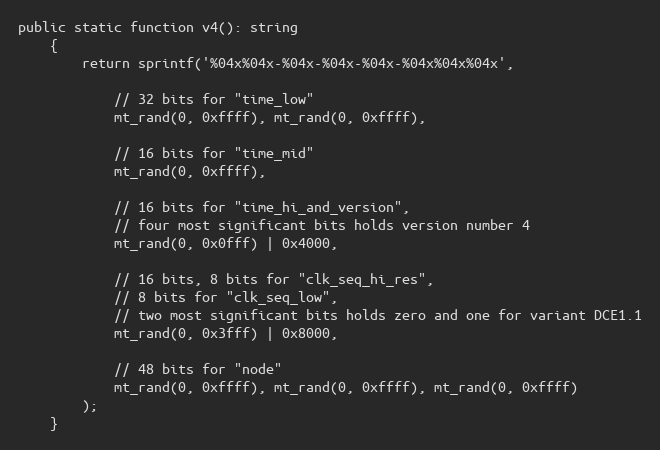
Language: PHP
public static function v4(): string
    {
        return sprintf('%04x%04x-%04x-%04x-%04x-%04x%04x%04x',

            // 32 bits for "time_low"
            mt_rand(0, 0xffff), mt_rand(0, 0xffff),

            // 16 bits for "time_mid"
            mt_rand(0, 0xffff),

            // 16 bits for "time_hi_and_version",
            // four most significant bits holds version number 4
            mt_rand(0, 0x0fff) | 0x4000,

            // 16 bits, 8 bits for "clk_seq_hi_res",
            // 8 bits for "clk_seq_low",
            // two most significant bits holds zero and one for variant DCE1.1
            mt_rand(0, 0x3fff) | 0x8000,

            // 48 bits for "node"
            mt_rand(0, 0xffff), mt_rand(0, 0xffff), mt_rand(0, 0xffff)
        );
    }